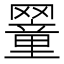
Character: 𦌜